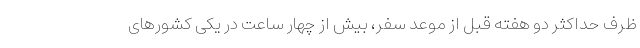
ظرف حداکثر دو هفته قبل از موعد سفر، بیش از چهار ساعت در یکی کشورهای